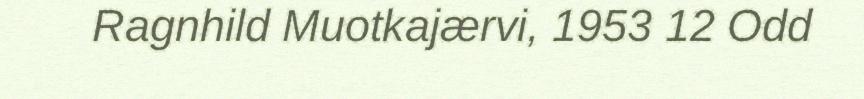
Ragnhild Muotkajærvi, 1953 12 Odd